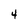
Character: 4